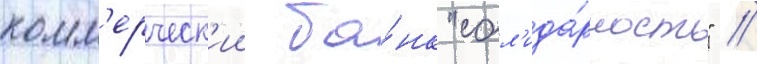
комм'ерческ'ии ба́нк "сол'ида́рность" //